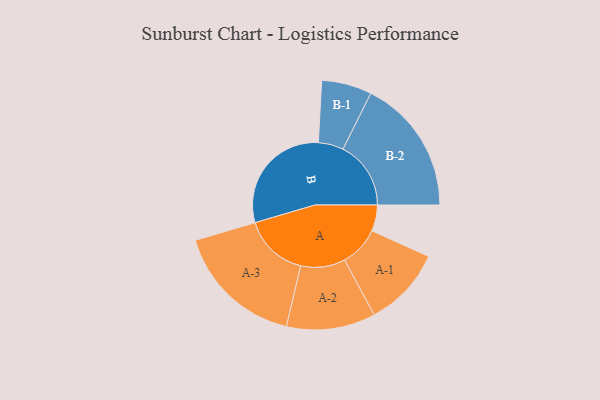
{"axis": {"x": "Segment", "y": "Value"}, "legend": ["", "A", "B"], "data": [{"x": "A", "y": 109, "type": ""}, {"x": "B", "y": 490, "type": ""}, {"x": "A-1", "y": 167, "type": "A"}, {"x": "A-2", "y": 186, "type": "A"}, {"x": "A-3", "y": 270, "type": "A"}, {"x": "B-1", "y": 105, "type": "B"}, {"x": "B-2", "y": 284, "type": "B"}]}